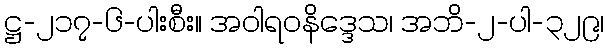
ဋ္ဌ-၂၁၇-၆-ပါးစီး။ အဝါရဝနိဒ္ဒေသ၊ အဘိ-၂-ပါ-၃၂၉၊